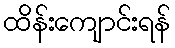
ထိန်းကျောင်းရန်